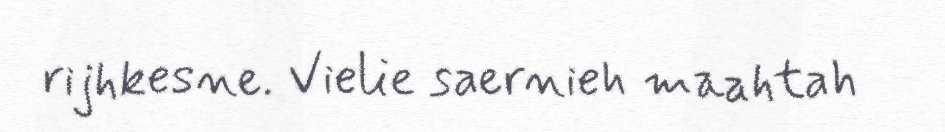
rijhkesne. Vielie saernieh maahtah